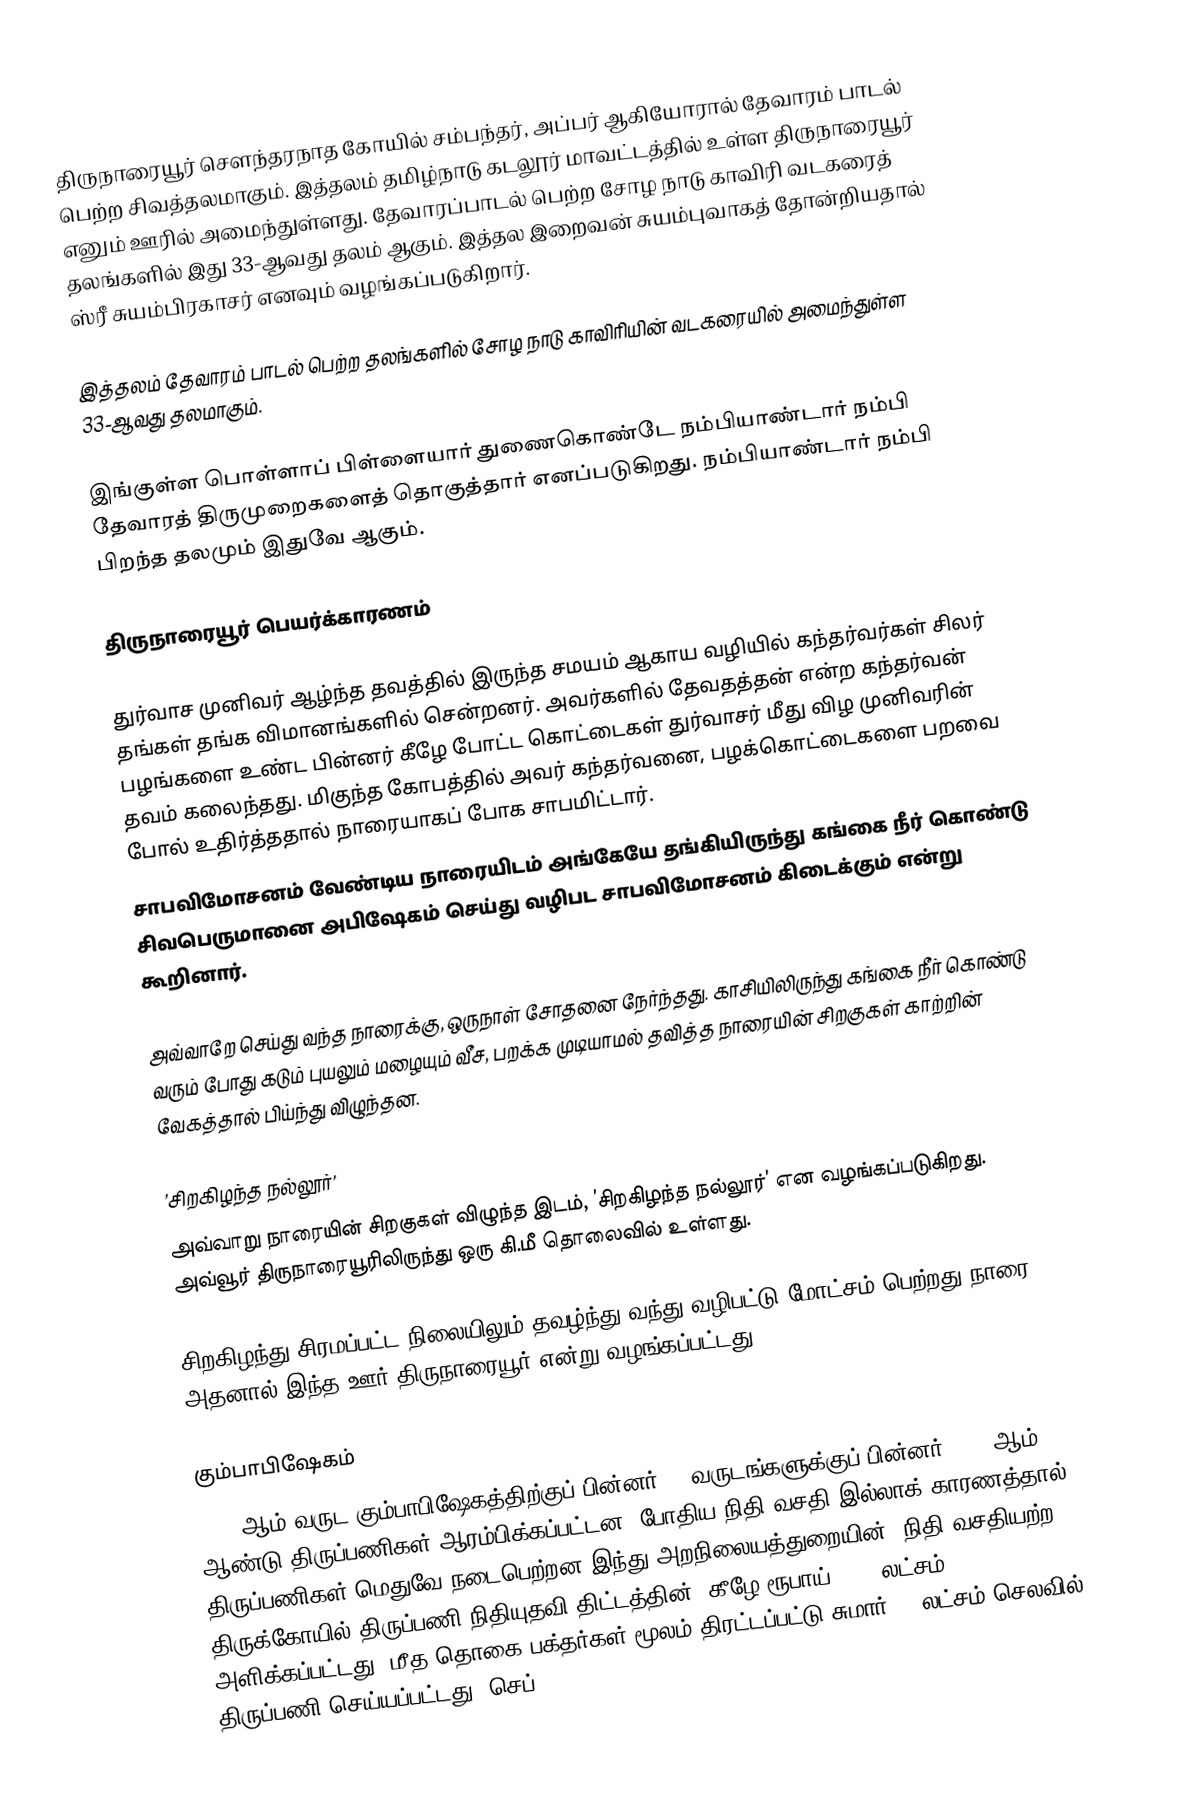
திருநாரையூர் சௌந்தரநாத கோயில் சம்பந்தர், அப்பர் ஆகியோரால் தேவாரம் பாடல் பெற்ற சிவத்தலமாகும். இத்தலம் தமிழ்நாடு கடலூர் மாவட்டத்தில் உள்ள திருநாரையூர் எனும் ஊரில் அமைந்துள்ளது. தேவாரப்பாடல் பெற்ற சோழ நாடு காவிரி வடகரைத் தலங்களில் இது 33-ஆவது தலம் ஆகும். இத்தல இறைவன் சுயம்புவாகத் தோன்றியதால் ஸ்ரீ சுயம்பிரகாசர் எனவும் வழங்கப்படுகிறார்.

இத்தலம் தேவாரம் பாடல் பெற்ற தலங்களில் சோழ நாடு காவிரியின் வடகரையில் அமைந்துள்ள 33-ஆவது தலமாகும்.

இங்குள்ள பொள்ளாப் பிள்ளையார் துணைகொண்டே நம்பியாண்டார் நம்பி தேவாரத் திருமுறைகளைத் தொகுத்தார் எனப்படுகிறது. நம்பியாண்டார் நம்பி பிறந்த தலமும் இதுவே ஆகும்.

திருநாரையூர் பெயர்க்காரணம்

துர்வாச முனிவர் ஆழ்ந்த தவத்தில் இருந்த சமயம் ஆகாய வழியில் கந்தர்வர்கள் சிலர் தங்கள் தங்க விமானங்களில் சென்றனர். அவர்களில் தேவதத்தன் என்ற கந்தர்வன் பழங்களை உண்ட பின்னர் கீழே போட்ட கொட்டைகள் துர்வாசர் மீது விழ முனிவரின் தவம் கலைந்தது. மிகுந்த கோபத்தில் அவர் கந்தர்வனை, பழக்கொட்டைகளை பறவை போல் உதிர்த்ததால் நாரையாகப் போக சாபமிட்டார்.
சாபவிமோசனம் வேண்டிய நாரையிடம் அங்கேயே தங்கியிருந்து கங்கை நீர் கொண்டு சிவபெருமானை அபிஷேகம் செய்து வழிபட சாபவிமோசனம் கிடைக்கும் என்று கூறினார்.

அவ்வாறே செய்து வந்த நாரைக்கு, ஒருநாள் சோதனை நேர்ந்தது. காசியிலிருந்து கங்கை நீர் கொண்டு வரும் போது கடும் புயலும் மழையும் வீச, பறக்க முடியாமல் தவித்த நாரையின் சிறகுகள் காற்றின் வேகத்தால் பிய்ந்து விழுந்தன.

’சிறகிழந்த நல்லூர்’
 அவ்வாறு நாரையின் சிறகுகள் விழுந்த இடம், ’சிறகிழந்த நல்லூர்’ என வழங்கப்படுகிறது. அவ்வூர் திருநாரையூரிலிருந்து ஒரு கி.மீ தொலைவில் உள்ளது.

சிறகிழந்து சிரமப்பட்ட நிலையிலும் தவழ்ந்து வந்து வழிபட்டு மோட்சம் பெற்றது நாரை. அதனால் இந்த ஊர் திருநாரையூர் என்று வழங்கப்பட்டது.

கும்பாபிஷேகம்
1984 ஆம் வருட கும்பாபிஷேகத்திற்குப் பின்னர் 23 வருடங்களுக்குப் பின்னர் 2008 ஆம் ஆண்டு திருப்பணிகள் ஆரம்பிக்கப்பட்டன. போதிய நிதி வசதி இல்லாக் காரணத்தால் திருப்பணிகள் மெதுவே நடைபெற்றன.இந்து அறநிலையத்துறையின் 'நிதி வசதியற்ற திருக்கோயில் திருப்பணி நிதியுதவி திட்டத்தின்' கீழே ரூபாய் 7.75 லட்சம் அளிக்கப்பட்டது. மீத தொகை பக்தர்கள் மூலம் திரட்டப்பட்டு சுமார் 40 லட்சம் செலவில் திருப்பணி செய்யப்பட்டது. செப்